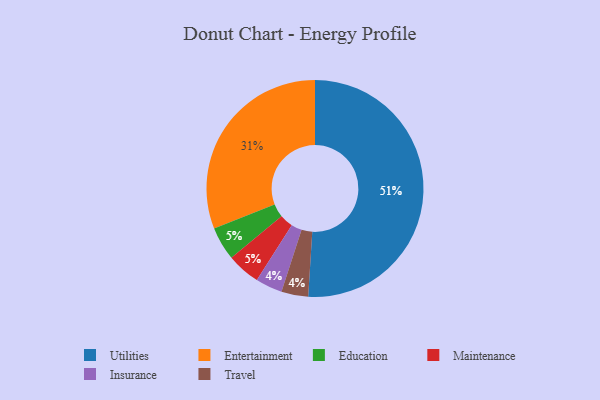
{"axis": {"x": "Category", "y": "Percentage"}, "legend": ["Education", "Entertainment", "Insurance", "Maintenance", "Travel", "Utilities"], "data": [{"x": "Education", "y": 5, "type": "Education"}, {"x": "Entertainment", "y": 31, "type": "Entertainment"}, {"x": "Insurance", "y": 4, "type": "Insurance"}, {"x": "Maintenance", "y": 5, "type": "Maintenance"}, {"x": "Travel", "y": 4, "type": "Travel"}, {"x": "Utilities", "y": 51, "type": "Utilities"}]}